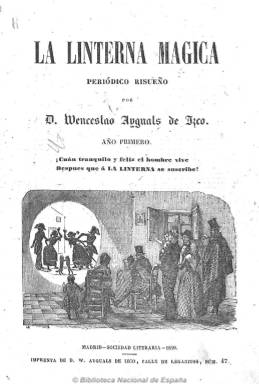
Título: La Linterna mágica
Colección: Revistas satíricas y humorísticas
Ámbito geográfico: Madrid
Lugar de publicación: Madrid
Fechas: 01/01/1849-31/12/1850

Con el subtítulo “periódico risueño: jocosidad, jovialidad, hilaridad”, es un periódico satírico y festivo redactado casi completamente por el polifacético escritor de folletines y novelas sociales y editor Wenceslao Ayguals de Izco (1801-1875), propietario del establecimiento tipográfico Sociedad Literaria de Madrid (1842-1859), en la que aglutinó a una serie de escritores, entre los que se encontraba el más importante periodista satírico de la época, Juan Martínez Villergas (1816-1894), y que ya había dado a la estampa los periódicos también humorísticos La risa (1843-1844) y El fandango (1844-1846) y que llegará a editar hasta una media docena de estos. El título de la publicación hace mención al dispositivo óptico que se había popularizado en esos años, apareciendo el espectáculo de una proyección en el grabado que estampa en las portadas de cada uno de sus dos tomos, al que asiste gente de diversas clases sociales, que integran 24 entregas que, con la denominación de “función”, aparecen, con periodicidad mensual y ocho páginas cada una, desde el uno de enero de 1849 hasta el uno de diciembre de 1850.

Ayguals llegó a ser uno de los principales editores e impresores madrileños de la primera época isabelina, cargado de un importante compromiso social y con ideas criptorepublicanas y anticlericales, que producirá unos textos irónicos frente al neoclasicismo y el romanticismo y críticos con los valores establecidos en la sociedad. Los contenidos de esta publicación son casi exclusiva de Ayguals, al no lograr la colaboración plena de los escritores y periodistas con los que contaba en su empresa editora, aunque entre las firmas de sus textos aparecen algunos nombres e iniciales con toda probabilidad seudónimos. Sus textos, en prosa y verso, son breves artículos, epigramas, letrillas, sonetos, romances, canciones, cuentos, diálogos, etc., algunos remitidos, sobre costumbres sociales y otros asuntos referidos a espectáculos, teatro, toros, literatura, tipos costumbristas, acontecimientos, etc. Es una publicación con numerosos grabados, que incluye al principio de cada tomo un índice.